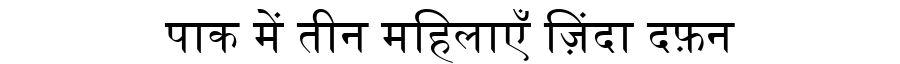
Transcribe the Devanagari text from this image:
पाक में तीन महिलाएँ ज़िंदा दफ़न